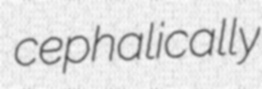
cephalically